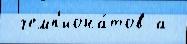
 чемп'иона́тов а